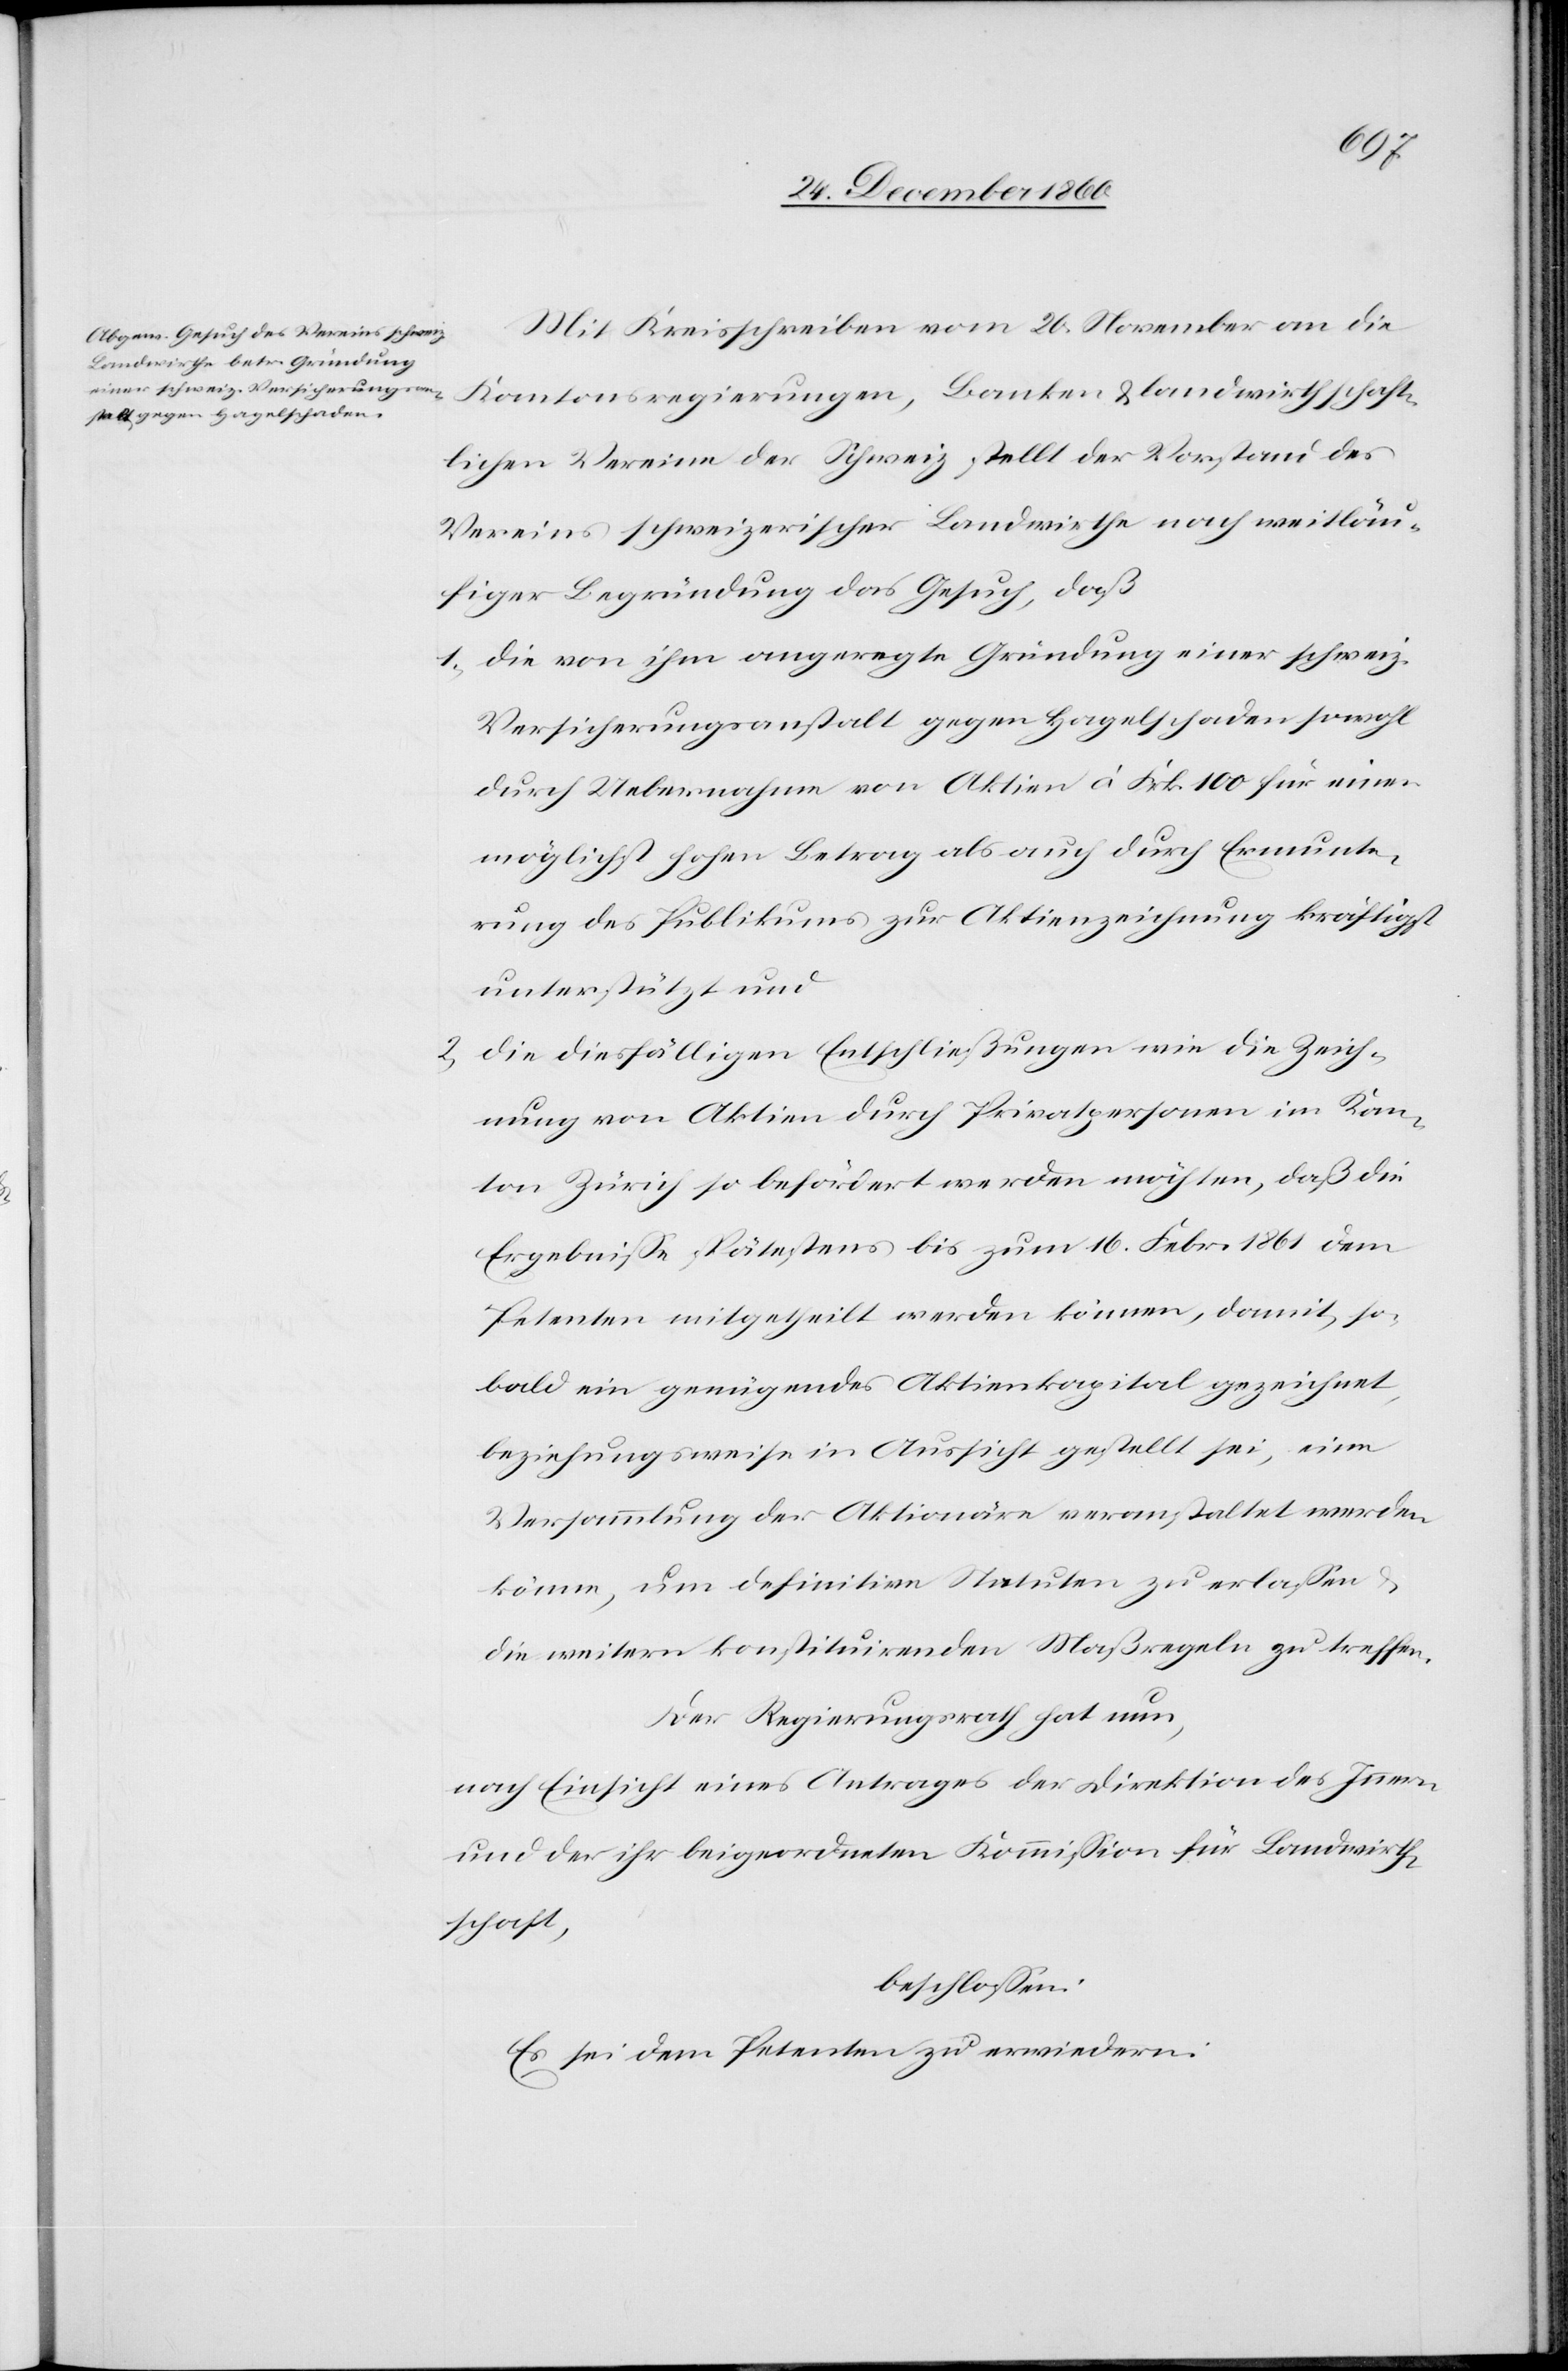
Mit Kreisschreiben vom 20. November an die
Kantonsregierungen, Banken u. landwirtschaft¬
lichen Vereine der Schweiz stellt der Vorstand des
Vereins schweizerischer Landwirthe nach weitläu¬
figer Begründung das Gesuch, daß
1) die von ihm angeregte Gründung einer schweiz.
Versicherungsanstalt gegen Hagelschaden sowohl
durch Uebernahme von Aktien à Frk. 100 für einen
möglichst hohen Betrag als auch durch Ermunte¬
rung des Publikums zur Aktienzeichnung kräftigst
unterstützt und
2) die diesfälligen Entschließungen wie die Zeich¬
nung von Aktien durch Privatpersonen im Kan¬
ton Zürich so befördert werden möchten, daß die
Ergebnisse spätestens bis zum 16. Febr. 1861 dem
Petenten mitgetheilt werden können, damit, so¬
bald ein genügendes Aktienkapital gezeichnet,
beziehungsweise in Aussicht gestellt sei, eine
Versammlung der Aktionäre veranstaltet werden
könne, um definitive Statuten zu erlassen u.
die weitern konstituirenden Maßregeln zu treffen.
Der Regierungsrath hat nun,
nach Einsicht eines Antrages der Direktion des Innern
u. der ihr beigeordneten Kommission für Landwirt¬
schaft,
beschlossen:
Es sei dem Petenten zu erwiedern: